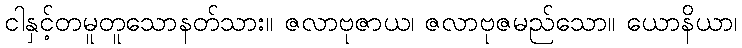
ငါနှင့်တမူတူသောနတ်သား။ ဇလာဗုဇာယ၊ ဇလာဗုဇမည်သော။ ယောနိယာ၊